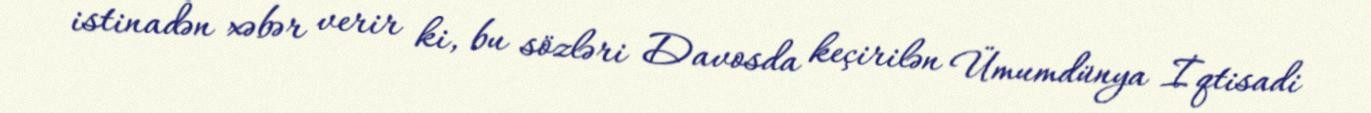
istinadən xəbər verir ki, bu sözləri Davosda keçirilən Ümumdünya İqtisadi